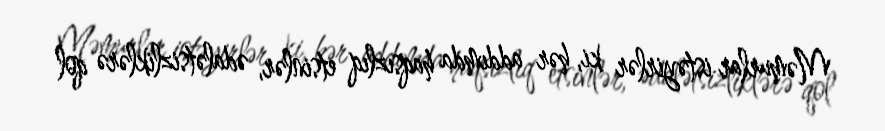
Məmurlar istəyirlər ki, hər addımda haqsızlıq etsinlər, ədalətsizliklərə qol